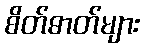
စိတ်ဓာတ်များ